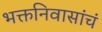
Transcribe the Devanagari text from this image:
भक्तनिवासांचं